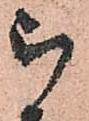
郎